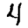
Digit: 4